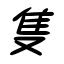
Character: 隻